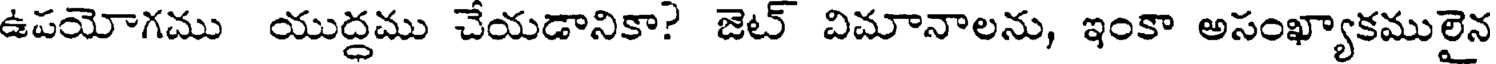
ఉపయోగము యుద్ధము చేయడానికా? జెట్ విమానాలను, ఇంకా అసంఖ్యాకములైన